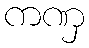
ကဏှ